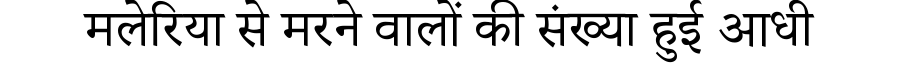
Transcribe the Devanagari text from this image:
मलेरिया से मरने वालों की संख्या हुई आधी